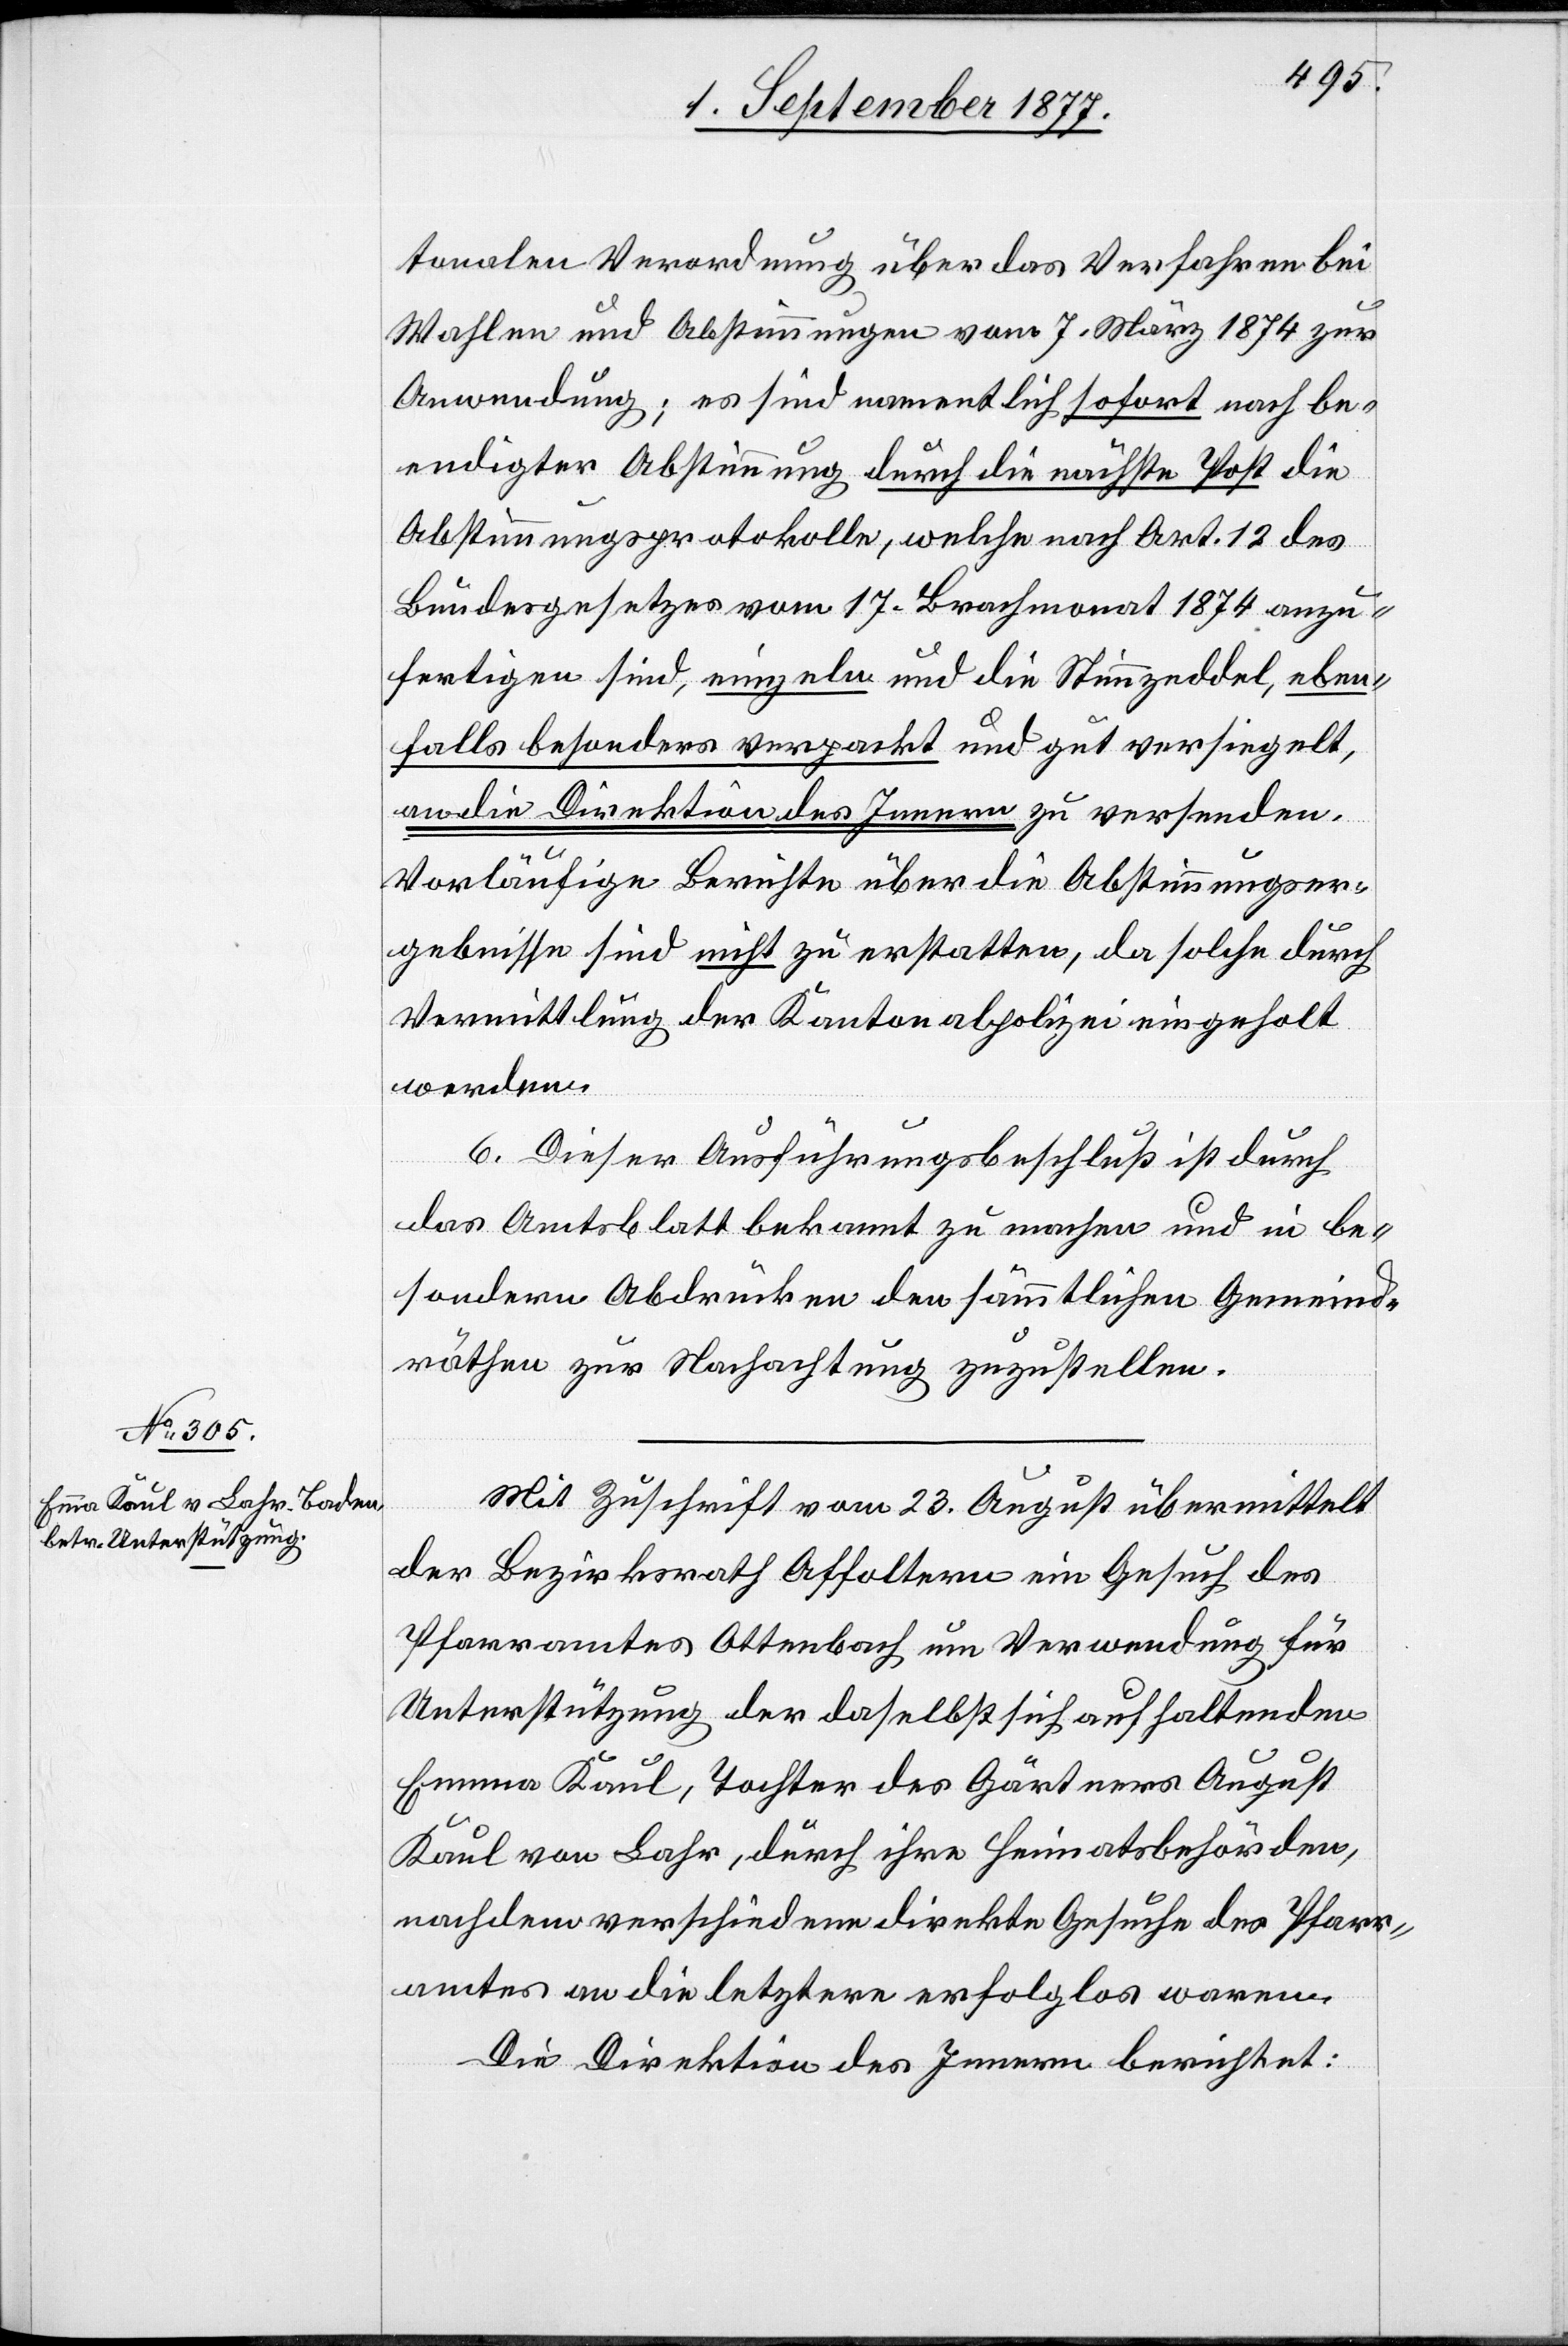
tonalen Verordnung über das Verfahren bei
Wahlen und Abstimmungen vom 7. März 1874 zur
Anwendung; es sind namentlich sofort nach be¬
endigter Abstimmung durch die nächste Post die
Abstimmungsprotokolle, welche nach Art. 12 des
Bundesgesetzes vom 17. Brachmonat 1874 anzu¬
fertigen sind, einzeln und die Stimmzeddel, eben¬
falls besonders verpackt und gut versiegelt,
an die Direktion des Innern zu versenden.
Vorläufige Berichte über die Abstimmungser¬
gebnisse sind nicht zu erstatten, da solche durch
Vermittlung der Kantonalpolizei eingeholt
werden.
6. Dieser Ausführungsbeschluß ist durch
das Amtsblatt bekannt zu machen und in be¬
sondern Abdrücken den sämmtlichen Gemeind¬
räthen zur Nachachtung zuzustellen.
Mit Zuschrift vom 23. August übermittelt
der Bezirksrath Affoltern ein Gesuch des
Pfarramtes Ottenbach um Verwendung für
Unterstützung der daselbst sich aufhaltenden
Emma Kaul, Tochter des Gärtners August
Kaul von Lahr, durch ihre Heimatsbehörden,
nachdem verschiedene direkte Gesuche des Pfarr¬
amtes an die letztere erfolglos waren.
Die Direktion des Innern berichtet: